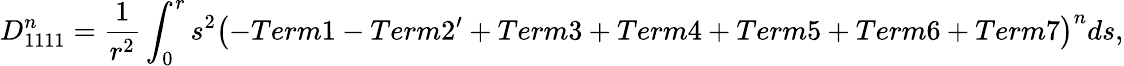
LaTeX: D_{1111}^{n}=\frac{1}{r^{2}}\int_{0}^{r}s^{2}\left(-Term1-Term2^{\prime}+Term3+Term4+Term5+Term6+Term7\right)^{n}ds,